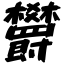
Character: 欝